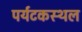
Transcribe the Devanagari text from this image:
पर्यटकस्थल